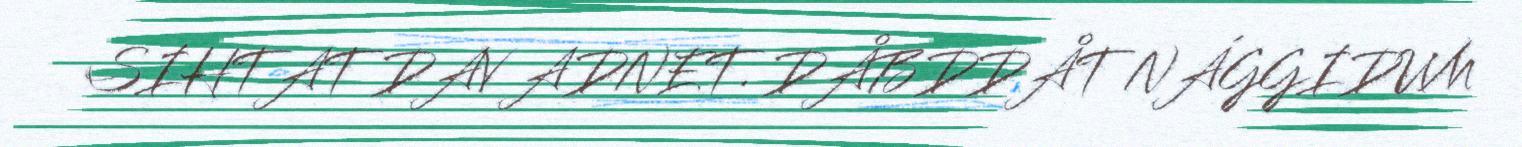
SIHTAT DAV ADNET. DÅBDDÅT NÁGGIDUM